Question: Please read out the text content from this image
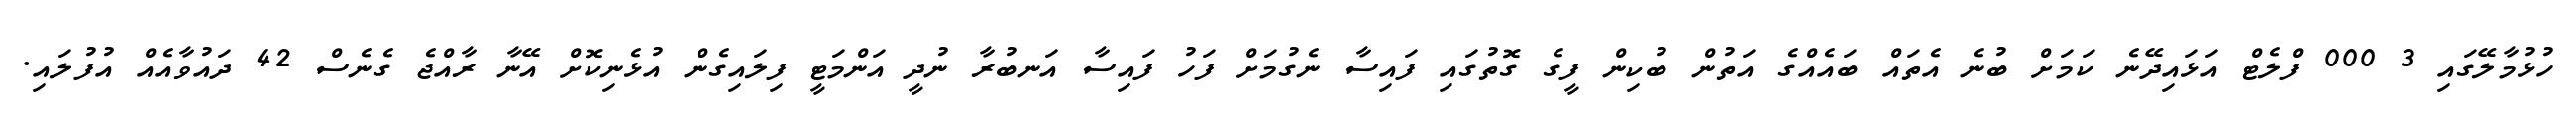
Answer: ހުޅުމާލޭގައި 3 000 ފްލެޓް އަޅައިދޭނެ ކަމަށް ބުނެ އެތައް ބައެއްގެ އަތުން ބުކިން ފީގެ ގޮތުގައި ފައިސާ ނެގުމަށް ފަހު ފައިސާ އަނބުރާ ނުދީ އަންމަޓީ ފިލައިގެން އުޅެނިކޮށް އޭނާ ރާއްޖެ ގެނެސް 42 ދައުވާއެއް އުފުލައި.